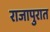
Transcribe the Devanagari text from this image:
राजापुरात